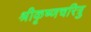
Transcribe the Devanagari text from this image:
श्रीकृष्णचरित्रु